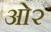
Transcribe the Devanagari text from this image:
ओ२